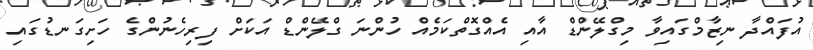
އުފައްދާ ނިޒާމްގައިވާ މިގްލޭންޑް އާއި އެއްގޮތްކަމެއް ހުންނަ ގްލޭންޑް އަކަށް ފިރިހެނުންގެ ހަށިގަނޑުގައި